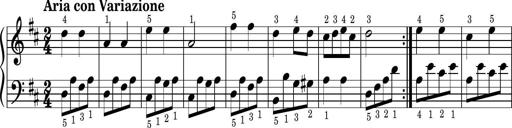
Title: Easy Progressive Lessons and 4 Sonatinas
Composer: Thomas Attwood